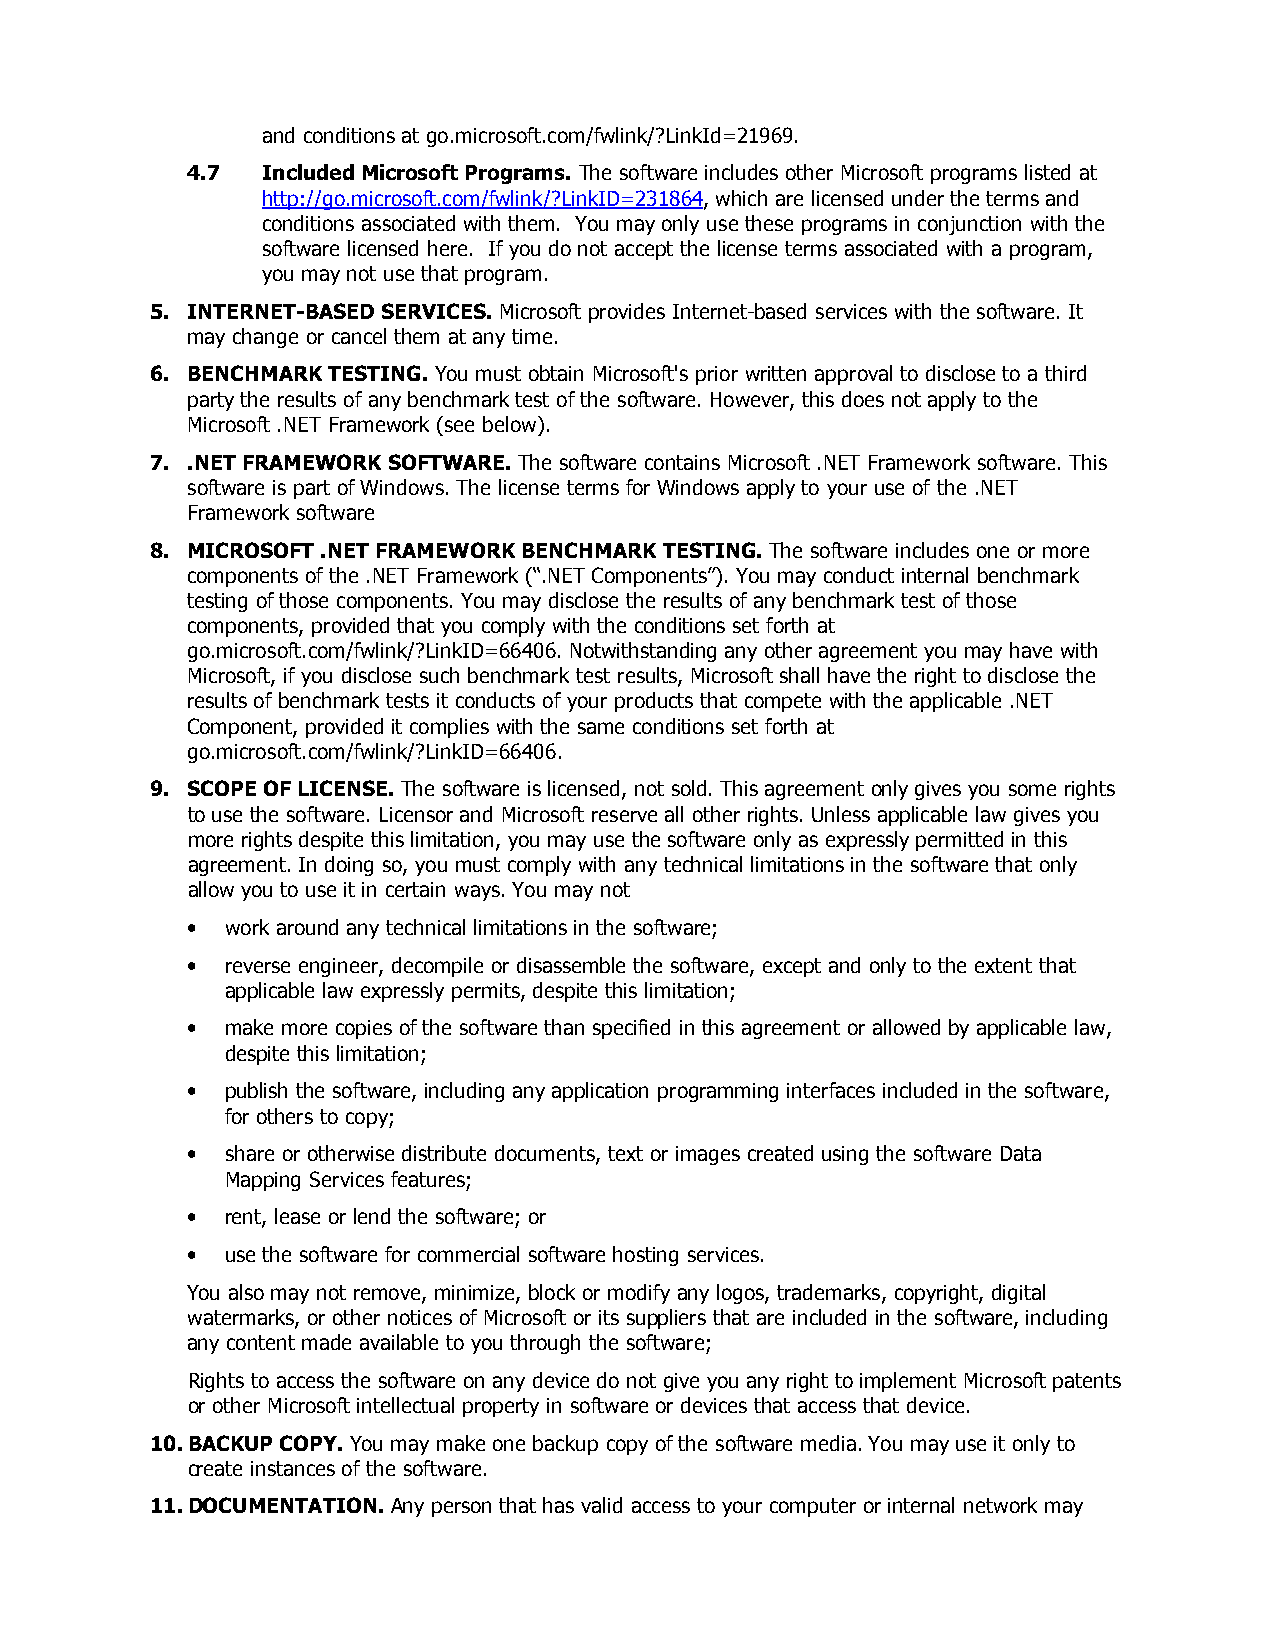
and conditions at go.microsoft.com/fwlink/?LinkId=21969.
 4.7  Included Microsoft Programs. The software includes other Microsoft programs listed at
 http://go.microsoft.com/fwlink/?LinkID=231864, which are licensed under the terms and
 conditions associated with them. You may only use these programs in conjunction with the
 software licensed here. If you do not accept the license terms associated with a program,
 you may not use that program.
 5. INTERNET-BASED SERVICES. Microsoft provides Internet-based services with the software. It
 may change or cancel them at any time.
 6. BENCHMARK TESTING. You must obtain Microsoft's prior written approval to disclose to a third
 party the results of any benchmark test of the software. However, this does not apply to the
 Microsoft .NET Framework (see below).
 7. .NET FRAMEWORK SOFTWARE. The software contains Microsoft .NET Framework software. This
 software is part of Windows. The license terms for Windows apply to your use of the .NET
 Framework software
 8. MICROSOFT .NET FRAMEWORK BENCHMARK TESTING. The software includes one or more
 components of the .NET Framework (“.NET Components”). You may conduct internal benchmark
 testing of those components. You may disclose the results of any benchmark test of those
 components, provided that you comply with the conditions set forth at
 go.microsoft.com/fwlink/?LinkID=66406. Notwithstanding any other agreement you may have with
 Microsoft, if you disclose such benchmark test results, Microsoft shall have the right to disclose the
 results of benchmark tests it conducts of your products that compete with the applicable .NET
 Component, provided it complies with the same conditions set forth at
 go.microsoft.com/fwlink/?LinkID=66406.
 9. SCOPE OF LICENSE. The software is licensed, not sold. This agreement only gives you some rights
 to use the software. Licensor and Microsoft reserve all other rights. Unless applicable law gives you
 more rights despite this limitation, you may use the software only as expressly permitted in this
 agreement. In doing so, you must comply with any technical limitations in the software that only
 allow you to use it in certain ways. You may not
 •  work around any technical limitations in the software;
 •  reverse engineer, decompile or disassemble the software, except and only to the extent that
 applicable law expressly permits, despite this limitation;
 •  make more copies of the software than specified in this agreement or allowed by applicable law,
 despite this limitation;
 •  publish the software, including any application programming interfaces included in the software,
 for others to copy;
 •  share or otherwise distribute documents, text or images created using the software Data
 Mapping Services features;
 •  rent, lease or lend the software; or
 •  use the software for commercial software hosting services.
 You also may not remove, minimize, block or modify any logos, trademarks, copyright, digital
 watermarks, or other notices of Microsoft or its suppliers that are included in the software, including
 any content made available to you through the software;
 Rights to access the software on any device do not give you any right to implement Microsoft patents
 or other Microsoft intellectual property in software or devices that access that device.
 10. BACKUP COPY. You may make one backup copy of the software media. You may use it only to
 create instances of the software.
 11. DOCUMENTATION. Any person that has valid access to your computer or internal network may